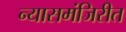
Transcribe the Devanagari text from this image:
न्यासमंजिरीत